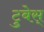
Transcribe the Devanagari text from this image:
टुबेस्